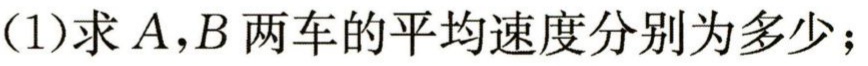
(1)求\(A,B\)两车的平均速度分别为多少；